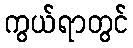
ကွယ်ရာတွင်